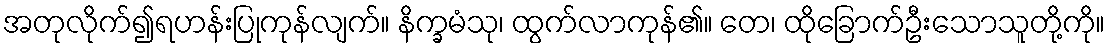
အတုလိုက်၍ရဟန်းပြုကုန်လျက်။ နိက္ခမံသု၊ ထွက်လာကုန်၏။ တေ၊ ထိုခြောက်ဦးသောသူတို့ကို။